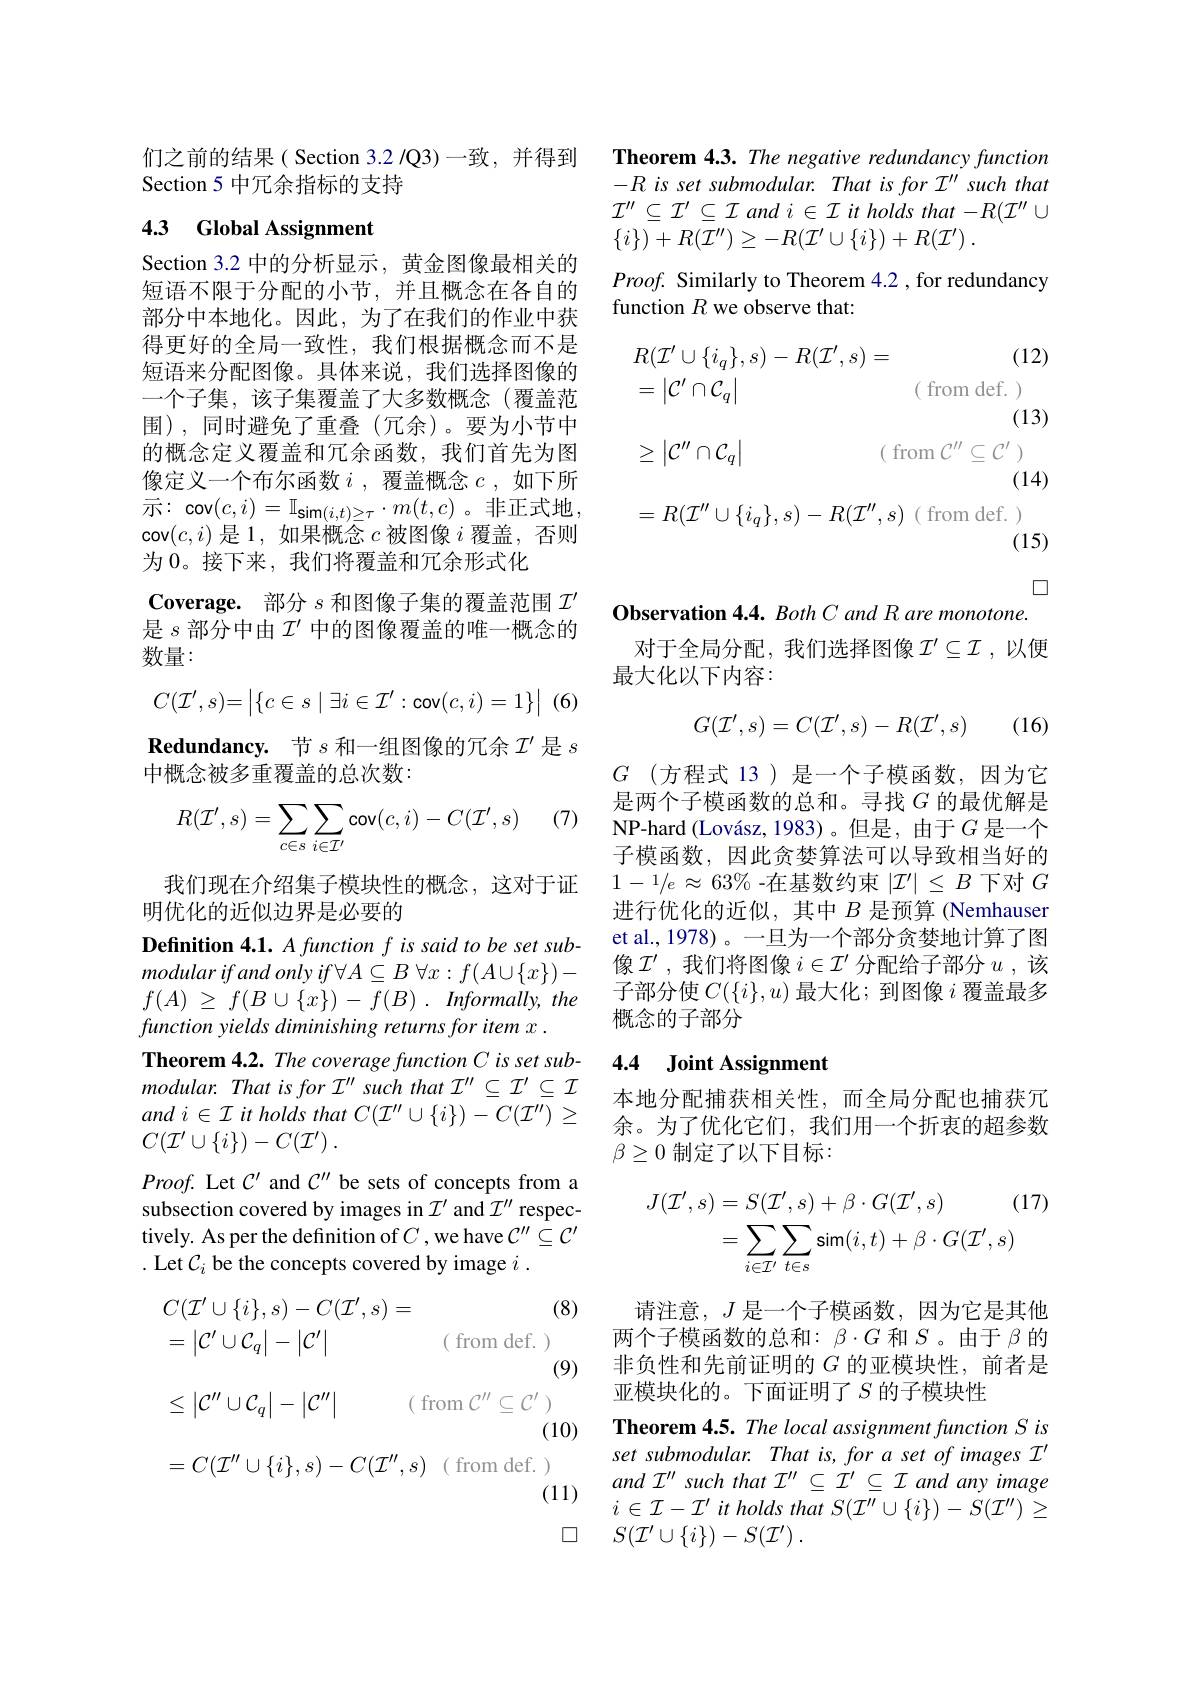
们之前的结果( Section 3.2 /Q3)一致，并得到
Section 5 中冗余指标的支持

# 4.3 Global Assignment

Section 3.2 中的分析显示，黄金图像最相关的短语不限于分配的小节，并且概念在各自的部分中本地化。因此，为了在我们的作业中获得更好的全局一致性，我们根据概念而不是短语来分配图像。具体来说，我们选择图像的一个子集，该子集覆盖了大多数概念(覆盖范围),同时避免了重叠(冗余)。要为小节中的概念定义覆盖和冗余函数，我们首先为图像定义一个布尔函数$i$,覆盖概念$c$,如下所示：cov$(c,i)=\mathbb{I}_{\mathbf{sim}(i,t)\geq\tau}\cdot m(t,c)$。非正式地， cov$(c,i)$是 1, 如果概念$c$被图像$i$覆盖，否则为 0。接下来，我们将覆盖和冗余形式化
Coverage. 部分$s$和图像子集的覆盖范围$\mathcal{I}^{\prime}$ 是$s$部分中由$\mathcal{I}^\prime$中的图像覆盖的唯一概念的数量：
$$C(\mathcal{I'},s)=\begin{vmatrix}\{c\in s\mid\exists i\in\mathcal{I'}:\text{cov}(c,i)=1\}\end{vmatrix}$$
$\textbf{Redundancy. 节 }s$和一组图像的冗余$\mathcal{I}^\prime$是$s$
中概念被多重覆盖的总次数：

(7)
$$\begin{aligned}R(\mathcal{I'},s)=\sum_{c\in s}\sum_{i\in\mathcal{I'}}\mathsf{cov}(c,i)-C(\mathcal{I'},s)\end{aligned}$$
我们现在介绍集子模块性的概念，这对于证
明优化的近似边界是必要的

Definition 4.1. A function f is said to be set sub- $modularifandonlyif\forall A\subseteq B$ $\forall x: f( A\cup \{ x\} ) -$ $f( A)$ $\geq$ $f( B\cup \{ x\} )$ - $f( B)$ . $Informally$, the function yields diminishing returns for item x .
Theorem 4.2. The coverage function C is set sub- $modular.Thatisfor{\mathcal I}^{\prime\prime}suchthat{\mathcal I}^{\prime\prime}\subseteq{\mathcal I}^{\prime}\subseteq{\mathcal I}$ and $i\in \mathcal{I}$ $it$ holds that $C( \mathcal{I} ^{\prime \prime }\cup \{ i\} ) - C( \mathcal{I} ^{\prime \prime })$ $\geq$ $C( \mathcal{I} ^{\prime }\cup \{ i\} ) - C( \mathcal{I} ^{\prime })$ .
$Proof.$ Let $C^{\prime}$ and $C^{\prime\prime}$ be sets of concepts from a subsection covered by images in $\mathcal{I}^\prime$ and $\mathcal{I}^\prime\prime$ respectively. As per the definition of $C$ ,we have $C^\prime\prime\subseteq C^{\prime}$ . Let $\mathcal{C}_i$ be the concepts covered by image $i.$

(8)
$$\begin{aligned}&C(\mathcal{I}^{\prime}\cup\{i\},s)-C(\mathcal{I}^{\prime},s)=\\&=\left|\mathcal{C}^{\prime}\cup\mathcal{C}_{q}\right|-\left|\mathcal{C}^{\prime}\right|&\text{(from def.)}\\&\leq\left|\mathcal{C}^{\prime\prime}\cup\mathcal{C}_{q}\right|-\left|\mathcal{C}^{\prime\prime}\right|&\text{(from }\mathcal{C}^{\prime\prime}\subseteq\mathcal{C}^{\prime}\:)\\&&\text{(1}\\&=C(\mathcal{I}^{\prime\prime}\cup\{i\},s)-C(\mathcal{I}^{\prime\prime},s)\quad\text{(from def.)}\end{aligned}$$
(9)

Theorem 4.3. The negative redundancy function

$- R\textit{is set submodular. That is for I'' such that}$

$\mathcal{I}^{\prime\prime}\subseteq\mathcal{I}^{\prime}\subseteq\mathcal{I}$ and $i\in\mathcal{I}$ it holds that $-R(\mathcal{I}^\prime\prime\cup$

$\{ i\} ) + R( \mathcal{I} ^{\prime \prime }) \geq - R( \mathcal{I} ^{\prime }\cup \{ i\} ) + R( \mathcal{I} ^{\prime })$ .

$Proof.$ Similarly to Theorem 4.2 , for redundancy

function $R$ we observe that:
$$\begin{aligned}&R(\mathcal{I}^{\prime}\cup\{i_{q}\},s)-R(\mathcal{I}^{\prime},s)=&\text{(12}\\&=\left|\mathcal{C}^{\prime}\cap\mathcal{C}_{q}\right|&\text{(from def.)}\\&\geq\left|\mathcal{C}^{\prime\prime}\cap\mathcal{C}_{q}\right|&\text{(from }\mathcal{C}^{\prime\prime}\subseteq\mathcal{C}^{\prime}\:)\\&&\text{(14}\\&=R(\mathcal{I}^{\prime\prime}\cup\{i_{q}\},s)-R(\mathcal{I}^{\prime\prime},s)\text{(from def.)}\end{aligned}$$
$\square$
Observation 4.4. Both C and R are monotone.
对于全局分配，我们选择图像$\mathcal{I}^\prime\subseteq\mathcal{I}$,以便
最大化以下内容：
$$G(\mathcal{I'},s)=C(\mathcal{I'},s)-R(\mathcal{I'},s)$$
(16)

$G$(方程式 13)是一个子模函数，因为它是两个子模函数的总和。寻找$G$的最优解是NP-hard (Lovász, 1983)。但是，由于$G$是一个子模函数，因此贪婪算法可以导致相当好的$1-1/e\approx63\%$-在基数约束$\left|\mathcal{I}^\prime\right|\leq B$下对$G$ 进行优化的近似，其中$B$是预算 (Nemhauser et al., 1978) 。一旦为一个部分贪婪地计算了图像$\mathcal{I}^\prime$,我们将图像 $i\in\mathcal{I}^\prime$ 分配给子部分 $u$, 该子部分使$C(\{i\},u)$最大化；到图像$i$覆盖最多概念的子部分

## 4.4 Joint Assignment

本地分配捕获相关性，而全局分配也捕获冗余。为了优化它们，我们用一个折衷的超参数$\beta\geq0$制定了以下目标：
$$\begin{aligned}J(\mathcal{I}^{\prime},s)&=S(\mathcal{I}^{\prime},s)+\beta\cdot G(\mathcal{I}^{\prime},s)\quad(17)\\&=\sum_{i\in\mathcal{I}^{\prime}}\sum_{t\in s}\sin(i,t)+\beta\cdot G(\mathcal{I}^{\prime},s)\end{aligned}$$
请注意，$J$是一个子模函数，因为它是其他两个子模函数的总和：$\beta\cdot G$和$S$ 。由于$\beta$的非负性和先前证明的$G$的亚模块性，前者是亚模块化的。下面证明了$S$ 的子模块性
Theorem 4.5. The local assignment function S is set submodular. That is, for a set of images I' and T'' such that $\mathcal{I}^\prime\prime\subseteq\mathcal{I}^{\prime}\subseteq\mathcal{I}$ and any image $i\in \mathcal{I} - \mathcal{I} ^{\prime }\textit{ it holds that S}( \mathcal{I} ^{\prime \prime }\cup \{ i\} ) - S( \mathcal{I} ^{\prime \prime }) \geq$ $S( \mathcal{I} ^{\prime }\cup \{ i\} ) - S( \mathcal{I} ^{\prime })$ .

(11) $\square$